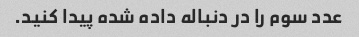
عدد سوم را در دنباله داده شده پیدا کنید.